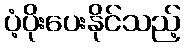
ပံ့ပိုးပေးနိုင်သည့်